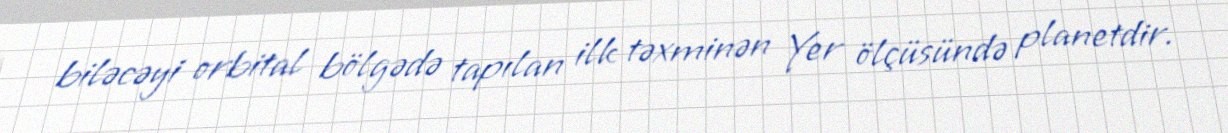
biləcəyi orbital bölgədə tapılan ilk təxminən Yer ölçüsündə planetdir.